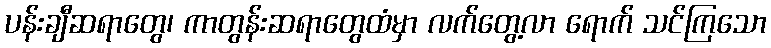
ပန်းချီဆရာတွေ၊ ကာတွန်းဆရာတွေထံမှာ လက်တွေ့လာ ရောက် သင်ကြသော